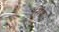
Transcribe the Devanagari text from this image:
खिज़्र